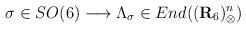
LaTeX: \begin{align*}\sigma \in SO(6) \longrightarrow \Lambda_\sigma \in End(({\bf{R}}_{6})^n_\otimes)\end{align*}